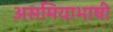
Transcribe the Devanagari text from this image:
असमियाभाषी